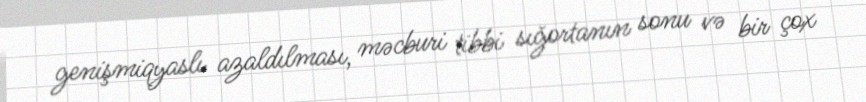
genişmiqyaslı azaldılması, məcburi tibbi sığortanın sonu və bir çox